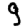
Digit: 9